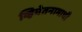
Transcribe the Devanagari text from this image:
व्हियेतनामाची